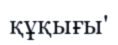
құқығы'